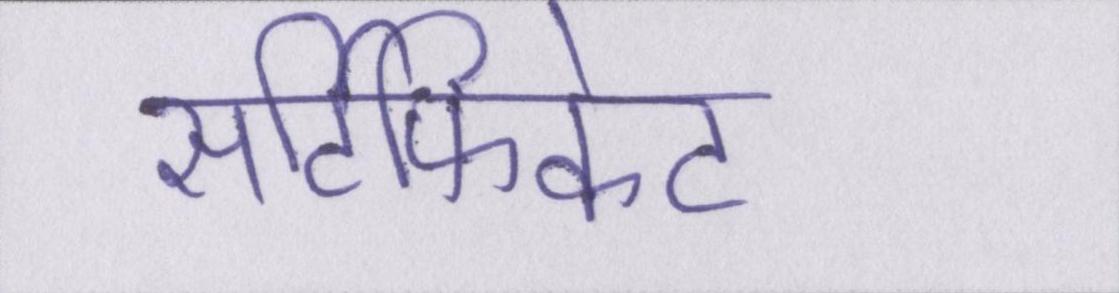
सर्टिफिकेट